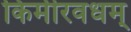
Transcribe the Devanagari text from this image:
किर्मीरवधम्